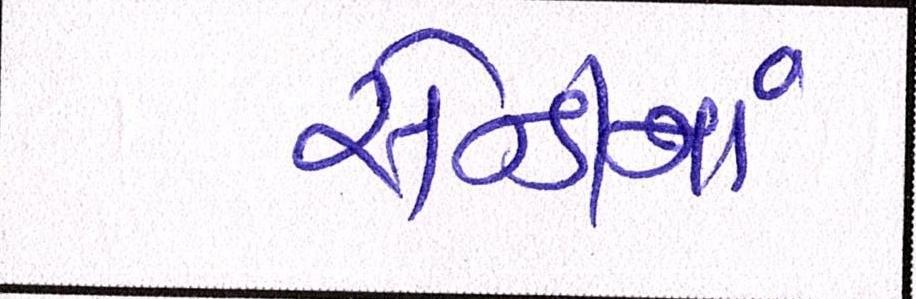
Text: સેન્ડીનાં